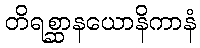
တိရစ္ဆာနယောနိကာနံ